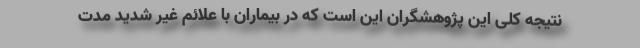
نتیجه کلی این پژوهشگران این است که در بیماران با علائم غیر شدید مدت